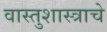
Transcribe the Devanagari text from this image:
वास्तुशास्त्राचे